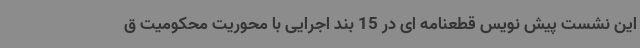
این نشست پیش نویس قطعنامه ای در 15 بند اجرایی با محوریت محکومیت ق